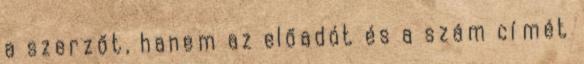
a szerzőt, hanem az előadót és a szám címét